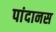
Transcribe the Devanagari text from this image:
पांदानस